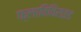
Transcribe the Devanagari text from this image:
फ्लाविविराइड